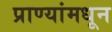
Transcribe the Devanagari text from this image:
प्राण्यांमधून